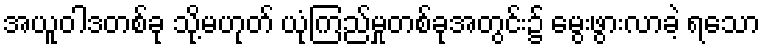
အယူဝါဒတစ်ခု သို့မဟုတ် ယုံကြည်မှုတစ်ခုအတွင်း၌ မွေးဖွားလာခဲ့ ရသော